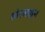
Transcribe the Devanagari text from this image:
शोरलाइन